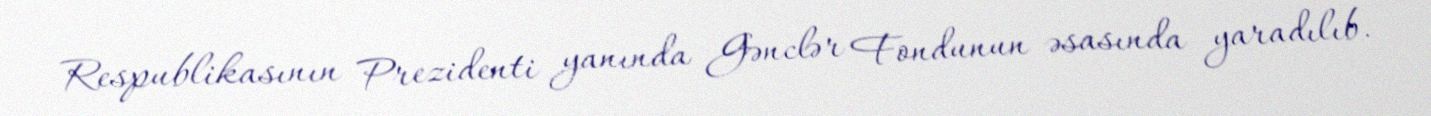
Respublikasının Prezidenti yanında Gənclər Fondunun əsasında yaradılıb.